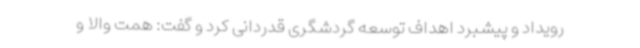
رویداد و پیشبرد اهداف توسعه گردشگری قدردانی کرد و گفت: همت والا و